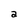
Character: a